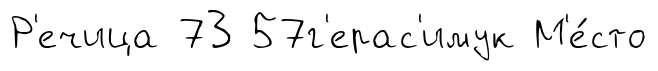
Р'ечица 73 57г'ерас'имук М'е́сто